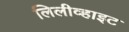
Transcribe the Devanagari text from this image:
लिलीव्हाइट